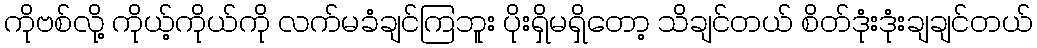
ကိုဗစ်လို့ ကိုယ့်ကိုယ်ကို လက်မခံချင်ကြဘူး ပိုးရှိမရှိတော့ သိချင်တယ် စိတ်ဒုံးဒုံးချချင်တယ်